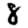
Digit: 8